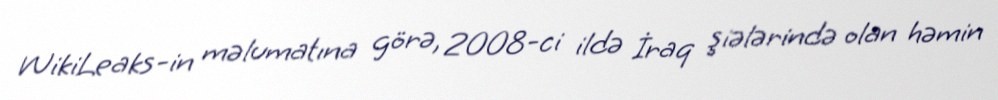
WikiLeaks-in məlumatına görə, 2008-ci ildə İraq şiələrində olan həmin